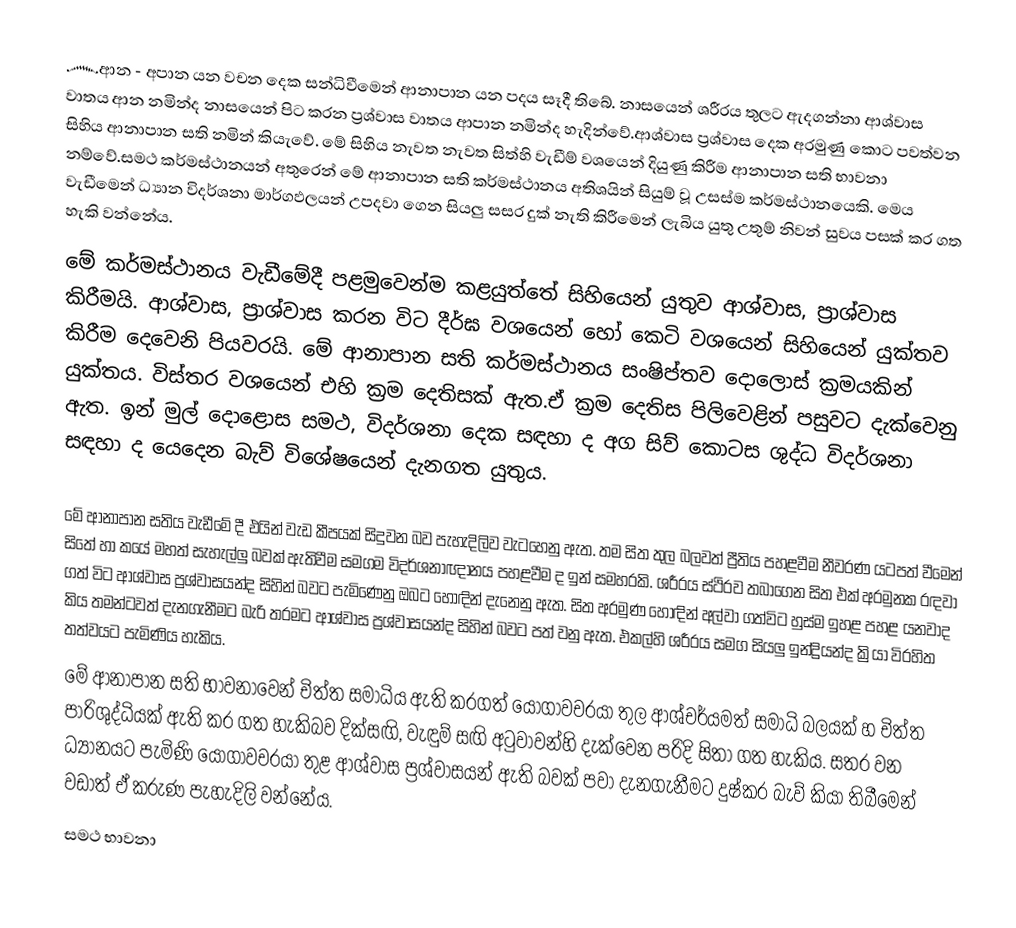
෴ආන - අපාන යන වචන දෙක සන්ධිවීමෙන් ආනාපාන යන පදය සෑදී තිබේ. නාසයෙන් ශරීරය තුලට ඇදගන්නා ආශ්වාස වාතය ආන නමින්ද  නාසයෙන් පිට කරන ප්‍රශ්වාස වාතය ආපාන නමින්ද හැදින්වේ.ආශ්වාස ප්‍රශ්වාස දෙක අරමුණු කොට පවත්වන සිහිය ආනාපාන සති නමින් කියැවේ. මේ සිහිය නැවත නැවත සිත්හි වැඩීම් වශයෙන් දියුණු කිරීම ආනාපාන සති භාවනා නම්වේ.සමථ කර්මස්ථානයන් අතුරෙන් මේ ආනාපාන සති කර්මස්ථානය අතිශයින් සියුම් වූ උසස්ම කර්මස්ථානයෙකි. මෙය වැඩීමෙන් ධ්‍යාන විදර්ශනා මාර්ගඵලයන් උපදවා ගෙන සියලු සසර දුක් නැති කිරීමෙන් ලැබිය යුතු උතුම් නිවන් සුවය පසක් කර ගත හැකි වන්නේය.
මේ කර්මස්ථානය වැඩීමේදී පළමුවෙන්ම කළයුත්තේ සිහියෙන් යුතුව ආශ්වාස, ප්‍රාශ්වාස කිරීමයි. ආශ්වාස, ප්‍රාශ්වාස කරන විට දීර්ඝ වශයෙන් හෝ කෙටි වශයෙන් සිහියෙන් යුක්තව කිරීම දෙවෙනි පියවරයි. මේ ආනාපාන සති කර්මස්ථානය සංෂිප්තව දොලොස් ක්‍රමයකින් යුක්තය. විස්තර වශයෙන් එහි ක්‍රම දෙතිසක් ඇත.ඒ ක්‍රම දෙතිස පිලිවෙළින් පසුවට දැක්වෙනු ඇත. ඉන් මුල් දොළොස සමථ, විදර්ශනා දෙක සඳහා ද අග සිව් කොටස ශුද්ධ විදර්ශනා සඳහා ද යෙදෙන  බැව් විශේෂයෙන් දැනගත යුතුය.

මේ ආනාපාන සතිය වැඩීමේ දී එයින් වැඩ කීපයක් සිදුවන බව පැහැදිලිව වැටහෙනු ඇත. තම සිත තුල බලවත් ප්‍රීතිය පහළවීම නීවරණ යටපත් වීමෙන් සිතේ හා කයේ මහත් සැහැල්ලු බවක් ඇතිවීම සමගම විදර්ශනාඥානය පහළවීම ද ඉන් සමහරකි. ශරීරය ස්ථිරව තබාගෙන සිත එක් අරමුනක රඳවා ගත් විට ආශ්වාස ප්‍රශ්වාසයන්ද සිහින් බවට පැමිණෙනු ඔබට හොඳින් දැනෙනු ඇත. සිත  අරමුණ හොඳින් අල්වා ගත්විට හුස්ම ඉහළ පහළ යනවාද කිය තමන්ටවත් දැනගැනීමට බැරි තරමට ආශ්වාස ප්‍රශ්වාසයන්ද සිහින් බවට පත් වනු ඇත. එකල්හි ශරීරය සමග සියලු ඉන්ද්‍රියන්ද ක්‍රියා විරහිත තත්වයට පැමිණිය හැකිය.
මේ ආනාපාන සති භාවනාවෙන් චිත්ත සමාධිය ඇති කරගත් යෝගාවචරයා තුල ආශ්චර්යමත් සමාධි බලයක් හ චිත්ත පාරිශුද්ධියක් ඇති කර ගත හැකිබව දික්සඟි, වැඳුම් සඟි අටුවාවන්හි දැක්වෙන පරිදි සිතා ගත හැකිය. සතර වන ධ්‍යානයට පැමිණි යෝගාවචරයා තුළ ආශ්වාස ප්‍රශ්වාසයන් ඇති බවක් පවා දැනගැනීමට දුෂ්කර බැව් කියා තිබීමෙන් වඩාත් ඒ කරුණ පැහැදිලි වන්නේය.
සමථ භාවනා